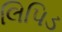
લિપિડ